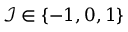
\mathcal { I } \in \lbrace - 1 , 0 , 1 \rbrace